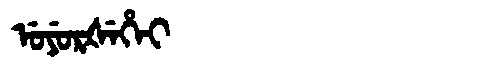
Manchu: ᡠᠶᡠᡵᡧᡝᡥᡝᡳ
Romanization: UYURŠEHEI